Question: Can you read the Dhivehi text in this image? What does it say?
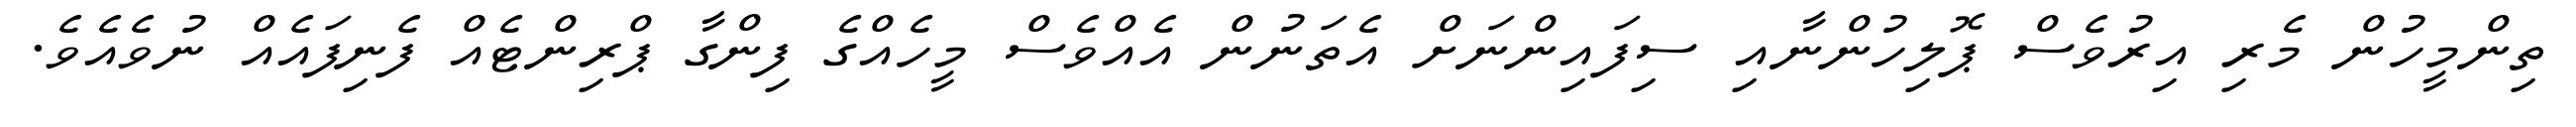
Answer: ތިންމީހުން މެރި އިރުވެސް ޕޮލިހުންނާއި ސިފައިންނަށް އެތަނުން އެއްވެސް މީހެއްގެ ފިންގާ ޕްރިންޓެއް ފެނިފައެއް ނުވެއެވެ.